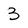
Character: 3